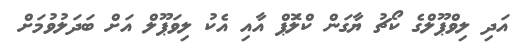
އަދި ލިވްޕޫލްގެ ކޯޗު ޔާގަން ކްލަޮޕް އާއި އެކު ލިވަޕޫލް އަށް ބަދަލުވުމަށް